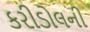
કરીડોલની